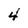
Character: 4